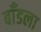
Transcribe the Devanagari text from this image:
बाँडला